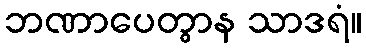
ဘဏာပေတွာန သာဒရံ။